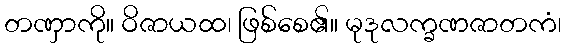
တဏှာကို။ ဝိဇာယထ၊ ဖြစ်စေ၏။ မုဒုလက္ခဏဇာတကံ၊